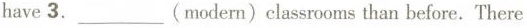
have 3.___（modern）classooms than before. There